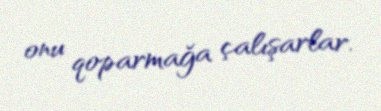
onu qoparmağa çalışarlar.